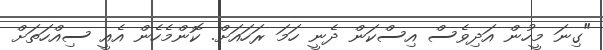
"ގިނަ މީހުން އަދިވެސް އިސްކަން ދެނީ ހަމަ ރަހައަށް. ކޮންމެހެން އެއީ ސިއްހަތަށް